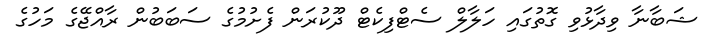
ޝަބާނާ ވިދާޅުވި ގޮތުގައި ހަލާލް ސެޓްފިކެޓް ދޫކުރަން ފެށުމުގެ ސަބަބުން ރާއްޖޭގެ މަހުގެ